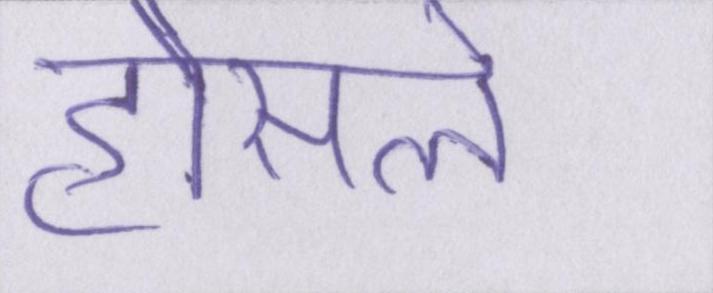
हौसले